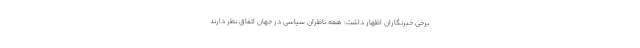
برخی خبرنگاران اظهار داشت: همه ناظران سیاسی در جهان اتفاق نظر دارند